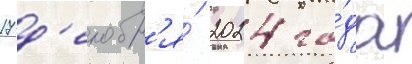
17 д'екабр'я́ 2024 го́да